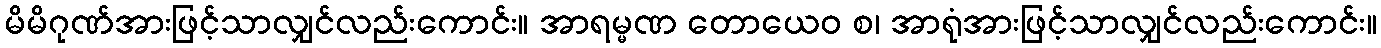
မိမိဂုဏ်အားဖြင့်သာလျှင်လည်းကောင်း။ အာရမ္မဏ တောယေဝ စ၊ အာရုံအားဖြင့်သာလျှင်လည်းကောင်း။